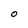
Character: 0